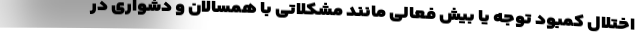
اختلال کمبود توجه یا بیش فعالی مانند مشکلاتی با همسالان و دشواری در